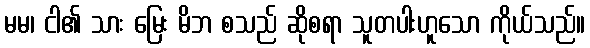
မမ၊ ငါ၏ သား မြေး မိဘ စသည် ဆိုစရာ သူတပါးဟူသော ကိုယ်သည်။